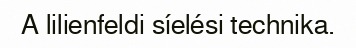
A lilienfeldi síelési technika.